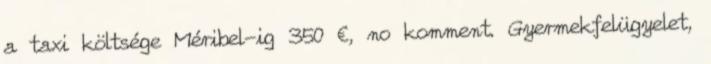
a taxi költsége Méribel-ig 350 €, no komment. Gyermekfelügyelet,